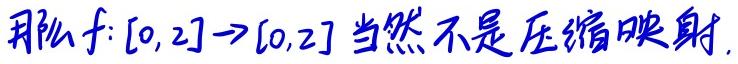
那么$f:[0,2]\to[0,2]$当然不是压缩映射.